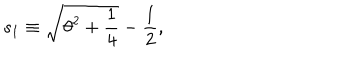
LaTeX: s _ { 1 } \equiv \sqrt { \theta ^ { 2 } + \frac { 1 } { 4 } } - \frac { 1 } { 2 } ,